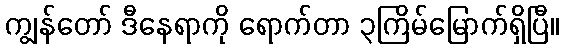
ကျွန်တော် ဒီနေရာကို ရောက်တာ ၃ကြိမ်မြောက်ရှိပြီ။